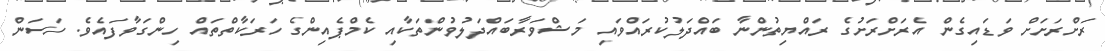
ރަށްރަށަށް ވަޑައިގެން އެރަށްރަށުގެ ރައްޔިތުންނާ ބައްދަލުކުރައްވައި މަޝްވަރާބައްދަލުވުންތަކާއި ކެމްޕެއިންގެ ހަރަކާތްތައް ހިންގަވާފައެވެ. ހަސަން